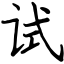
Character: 试